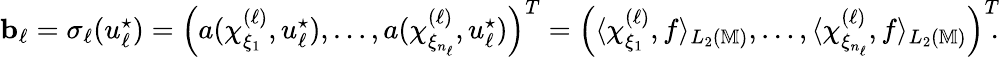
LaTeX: \begin{array}{r}{\boldsymbol{\mathbf{b}}_{\ell}=\sigma_{\ell}(u_{\ell}^{\star})=\left(a(\chi_{\xi_{1}}^{(\ell)},u_{\ell}^{\star}),\dots,a(\chi_{\xi_{n_{\ell}}}^{(\ell)},u_{\ell}^{\star})\right)^{T}=\left(\langle\chi_{\xi_{1}}^{(\ell)},f\rangle_{L_{2}(\mathbb{M})},\dots,\langle\chi_{\xi_{n_{\ell}}}^{(\ell)},f\rangle_{L_{2}(\mathbb{M})}\right)^{T}\! \! .}\end{array}